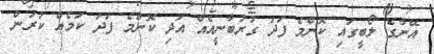
އޭނާގެ ލޯބީގައި ކޮންމެ ފަދަ ގުރުބާނީއެއް އަދި ކޮންމެ ފަދަ ކަމެއް ކުރަން